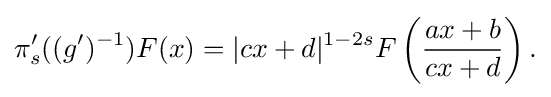
\displaystyle {\pi _{s}^{\prime }((g^{\prime })^{-1})F(x)=|cx+d|^{1-2s}F\left({ax+b \over cx+d}\right).}